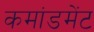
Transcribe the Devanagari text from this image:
कमांडमेंट